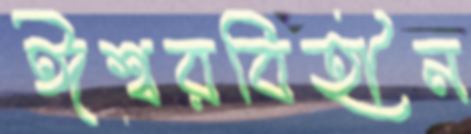
ঈশ্বরবিহীন